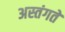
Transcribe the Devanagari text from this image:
अस्तंगते